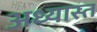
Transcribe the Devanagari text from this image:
अध्यास्त